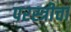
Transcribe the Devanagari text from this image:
परस्त्रीचा